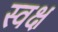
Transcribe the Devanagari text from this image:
स्वक्ष